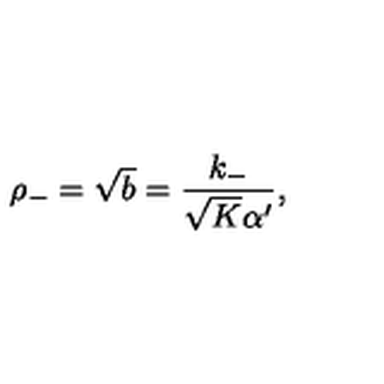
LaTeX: \rho _ { - } = \sqrt { b } = \frac { k _ { - } } { \sqrt { K } \alpha ^ { \prime } } ,